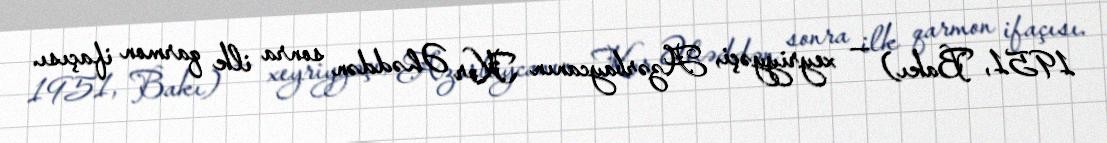
1951, Bakı) — xeyriyyəçi, Azərbaycanın Kor Əhəddən sonra ilk qarmon ifaçısı.